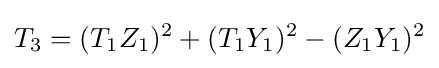
T_{3}=(T_{1}Z_{1})^{2}+(T_{1}Y_{1})^{2}-(Z_{1}Y_{1})^{2}